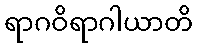
ရာဂဝိရာဂါယာတိ